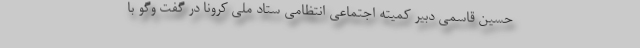
حسین قاسمی دبیر کمیته اجتماعی انتظامی ستاد ملی کرونا در گفت وگو با